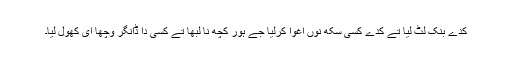
کدے بنک لٹ لیا تے کدے کسی سکھ نوں اغوا کرلیا جے ہور کچھ نا لبھا تے کسی دا ڈانگر وچھا ای کھول لیا۔